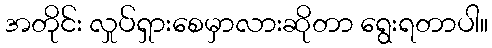
အတိုင်း လှုပ်ရှားစေမှာလားဆိုတာ ရွေးရတာပါ။